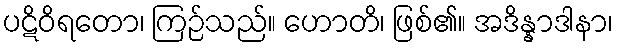
ပဋိဝိရတော၊ ကြဉ်သည်။ ဟောတိ၊ ဖြစ်၏။ အဒိန္နာဒါနာ၊